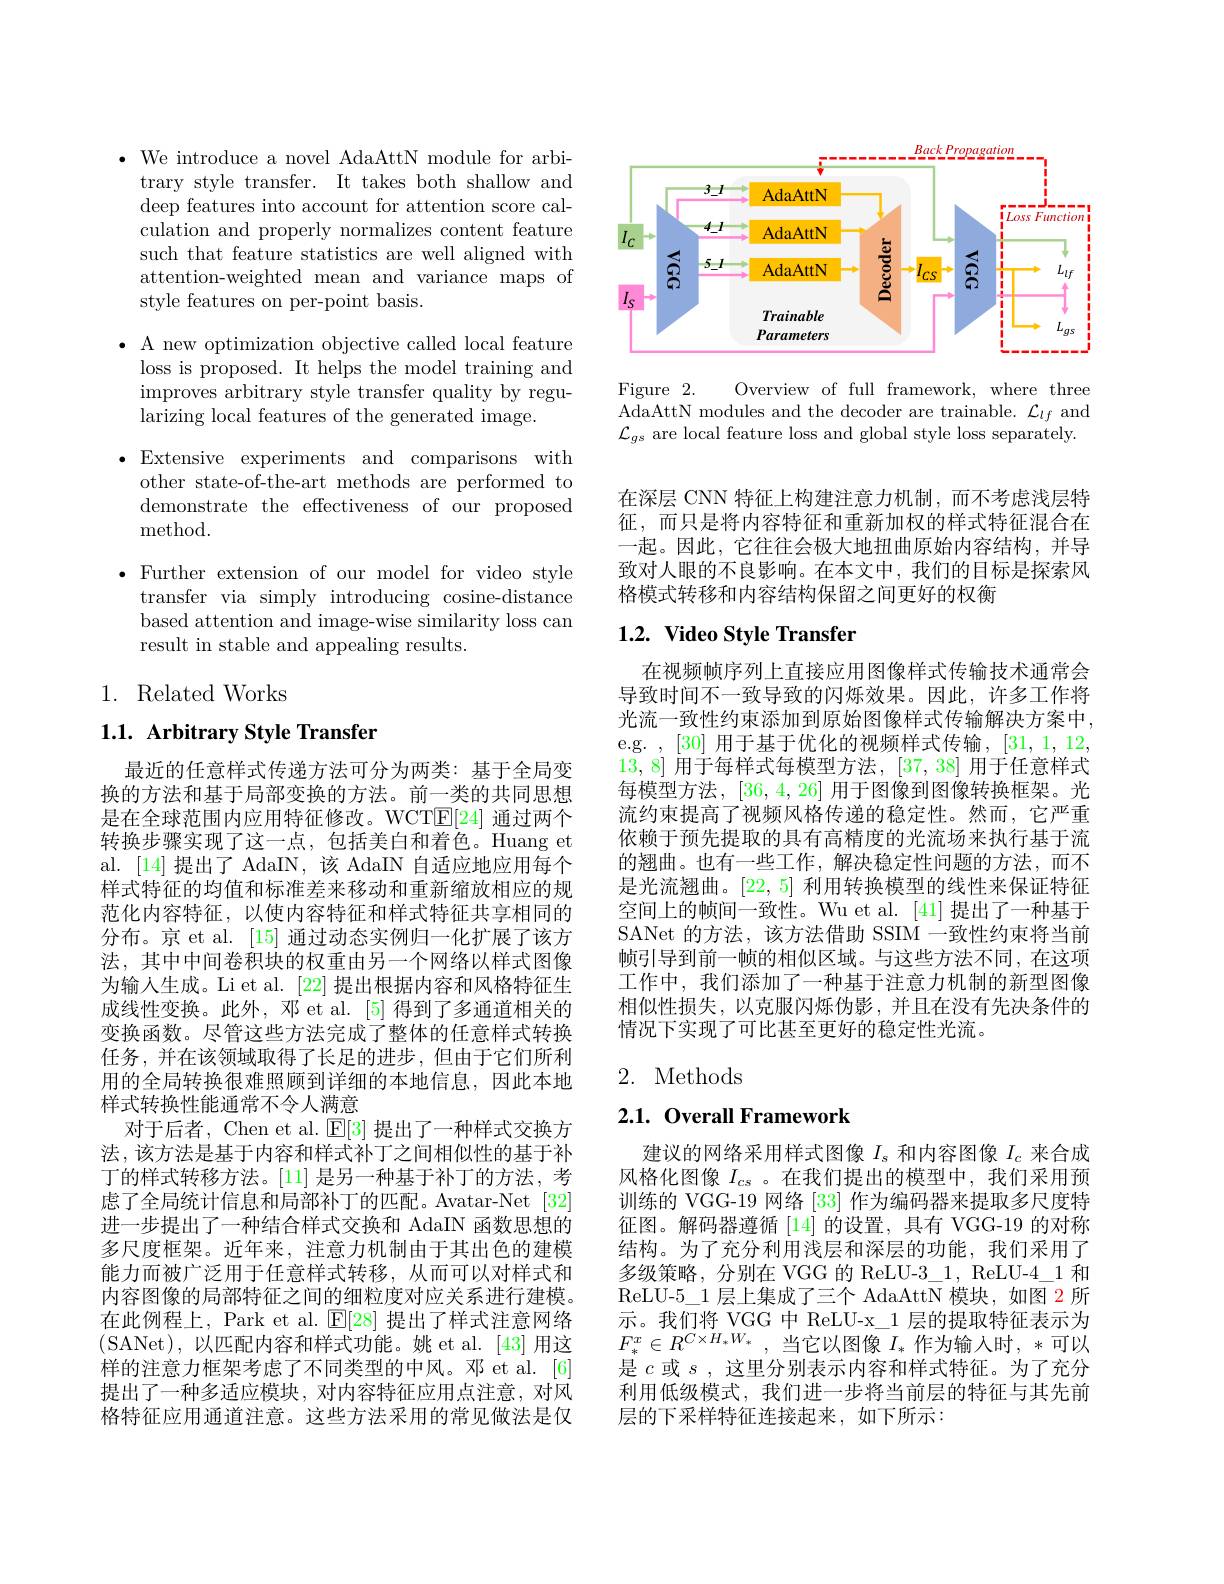
$\bullet$ We introduce a novel AdaAttN module for arbitrary style transfer. It takes both shallow and deep features into account for attention score calculation and properly normalizes content feature such that feature statistics are well aligned with attention-weighted mean and variance maps of style features on per-point basis.

$\bullet$ A new optimization objective called local feature
loss is proposed. It helps the model training and improves arbitrary style transfer quality by regu- $\bar{\text{larizing local features of the generated image.}}$

$\bullet$Extensive experiments and comparisons with

other state-of-the-art methods are performed to

demonstrate the effectiveness of our proposed

method.

$\bullet$ Further extension of our model for video style
transfer via simply introducing cosine-distance based attention and image-wise similarity loss can result in stable and appealing results.

## 1. Related Works

$1. 1. \textbf{ Arbitrary Style Transfer}$

最近的任意样式传递方法可分为两类：基于全局变换的方法和基于局部变换的方法。前一类的共同思想是在全球范围内应用特征修改。WCTE[24]通过两个转换步骤实现了这一点，包括美白和着色。Huang et al. [14] 提出了 AdaIN,该 AdaIN 自适应地应用每个样式特征的均值和标准差来移动和重新缩放相应的规范化内容特征，以使内容特征和样式特征共享相同的分布。京 et al. [15] 通过动态实例归一化扩展了该方法，其中中间卷积块的权重由另一个网络以样式图像为输人生成。Li et al. [22] 提出根据内容和风格特征生成线性变换。此外，邓 et al.[5]得到了多通道相关的变换函数。尽管这些方法完成了整体的任意样式转换任务，并在该领域取得了长足的进步，但由于它们所利用的全局转换很难照顾到详细的本地信息，因此本地样式转换性能通常不令人满意
对于后者，Chen et al. $\mathbb{E}[3]$提出了一种样式交换方法，该方法是基于内容和样式补丁之间相似性的基于补丁的样式转移方法。[11] 是另一种基于补丁的方法，考虑了全局统计信息和局部补丁的匹配。Avatar-Net [32] 进一步提出了一种结合样式交换和 AdaIN 函数思想的多尺度框架。近年来，注意力机制由于其出色的建模能力而被广泛用于任意样式转移，从而可以对样式和内容图像的局部特征之间的细粒度对应关系进行建模。在此例程上，Park et al. $\mathbb{E}[28]$提出了样式注意网络(SANet),以匹配内容和样式功能。姚 et al.[43]用这样的注意力框架考虑了不同类型的中风。邓 et al. [6] 提出了一种多适应模块，对内容特征应用点注意，对风格特征应用通道注意。这些方法采用的常见做法是仅

<FigureHere>

Figure 2.
Overview of full framework, where three
AdaAttN modules and the decoder are trainable. $\mathcal{L}_lf$ and $\mathcal{L}_{gs}$ are local feature loss and global style loss separately.

在深层 CNN 特征上构建注意力机制，而不考虑浅层特征，而只是将内容特征和重新加权的样式特征混合在一起。因此，它往往会极大地扭曲原始内容结构，并导致对人眼的不良影响。在本文中，我们的目标是探索风格模式转移和内容结构保留之间更好的权衡

## $1. 2. \textbf{ Video Style Transfer}$

在视频帧序列上直接应用图像样式传输技术通常会导致时间不一致导致的闪烁效果。因此，许多工作将光流一致性约束添加到原始图像样式传输解决方案中， e.g. ,[30]用于基于优化的视频样式传输，[31,1,12, 13,8]用于每样式每模型方法，[37,38]用于任意样式每模型方法，[36,4,26]用于图像到图像转换框架。光流约束提高了视频风格传递的稳定性。然而，它严重依赖于预先提取的具有高精度的光流场来执行基于流的翘曲。也有一些工作，解决稳定性问题的方法，而不是光流翘曲。[22,5]利用转换模型的线性来保证特征空间上的帧间一致性。Wu et al. [41] 提出了一种基于SANet 的方法，该方法借助 SSIM 一致性约束将当前帧引导到前一帧的相似区域。与这些方法不同，在这项工作中，我们添加了一种基于注意力机制的新型图像相似性损失，以克服闪烁伪影，并且在没有先决条件的情况下实现了可比甚至更好的稳定性光流。

## 2. Methods

## $2. 1. \textbf{ Overall Framework}$

建议的网络采用样式图像$I_s$和内容图像$I_c$来合成风格化图像$I_{cs}$ 。在我们提出的模型中，我们采用预训练的 VGG-19 网络 [33] 作为编码器来提取多尺度特征图。解码器遵循 [14] 的设置，具有 VGG-19 的对称结构。为了充分利用浅层和深层的功能，我们采用了多级策略，分别在 VGG 的 ReLU-3\_1, ReLU-4\_1 和ReLU-5\_1 层上集成了三个 AdaAttN 模块，如图 2 所示。我们将 VGG 中 ReLU-x\_1 层的提取特征表示为$F_{*}^{x}\in R^{C\times H_{*}W_{*}}$,当它以图像$I_*$作为输入时，*可以是$c$或$s$ , 这里分别表示内容和样式特征。为了充分利用低级模式，我们进一步将当前层的特征与其先前层的下采样特征连接起来，如下所示：